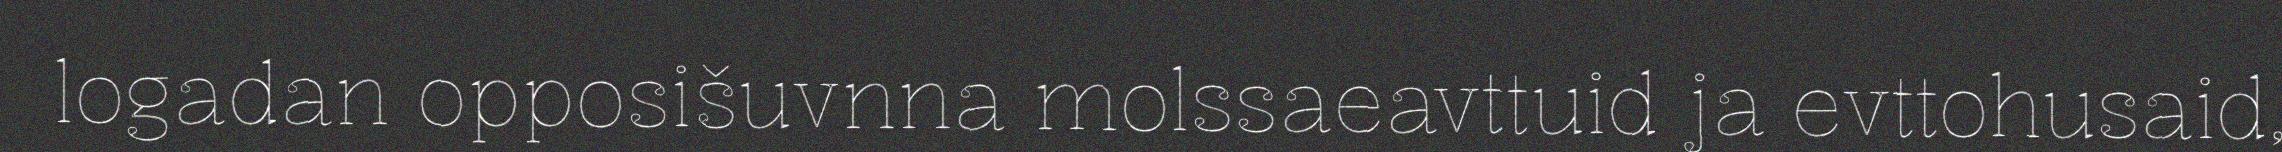
logadan opposišuvnna molssaeavttuid ja evttohusaid,